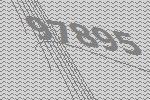
97895